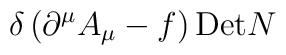
\delta\left( \partial^{\mu}A_{\mu} - f\right){\rm Det}N